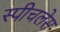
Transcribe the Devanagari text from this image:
स्‍पीचलेस